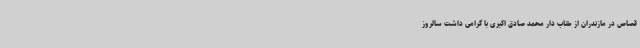
قصاص در مازندران از طناب دار محمد صادق اکبری با گرامی داشت سالروز